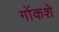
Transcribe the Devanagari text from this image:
गोंकशे